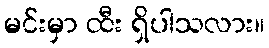
မင်းမှာ ထီး ရှိပါသလား။